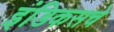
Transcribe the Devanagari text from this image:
इंडिकसचे